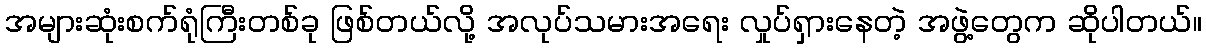
အများဆုံးစက်ရုံကြီးတစ်ခု ဖြစ်တယ်လို့ အလုပ်သမားအရေး လှုပ်ရှားနေတဲ့ အဖွဲ့တွေက ဆိုပါတယ်။